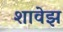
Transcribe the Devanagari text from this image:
शावेझ